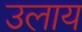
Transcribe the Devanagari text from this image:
उलाय